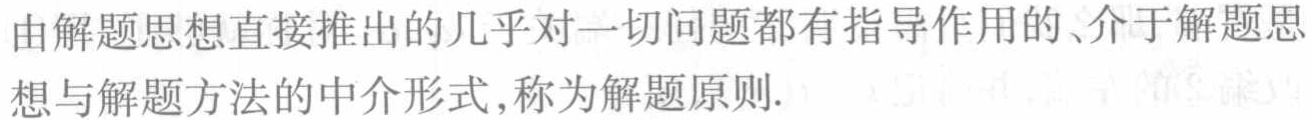
由解题思想直接推出的几乎对一切问题都有指导作用的、介于解题思想与解题方法的中介形式,称为解题原则.